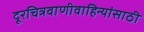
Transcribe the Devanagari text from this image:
दूरचित्रवाणीवाहिन्यांसाठी